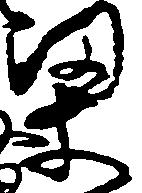
梁